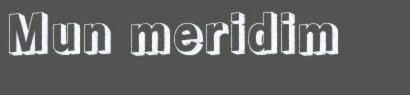
Mun meridim